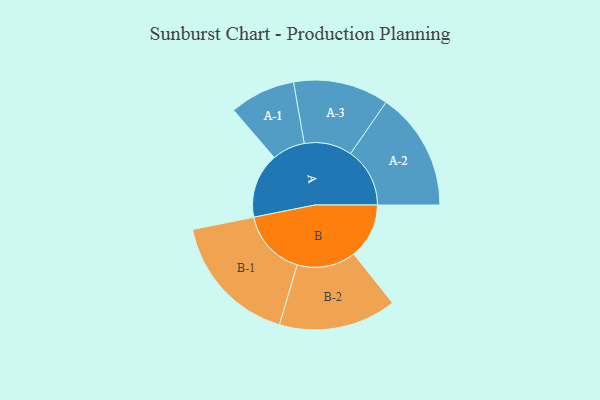
{"axis": {"x": "Segment", "y": "Value"}, "legend": ["", "A", "B"], "data": [{"x": "A", "y": 276, "type": ""}, {"x": "B", "y": 235, "type": ""}, {"x": "A-1", "y": 140, "type": "A"}, {"x": "A-2", "y": 252, "type": "A"}, {"x": "A-3", "y": 203, "type": "A"}, {"x": "B-1", "y": 283, "type": "B"}, {"x": "B-2", "y": 250, "type": "B"}]}